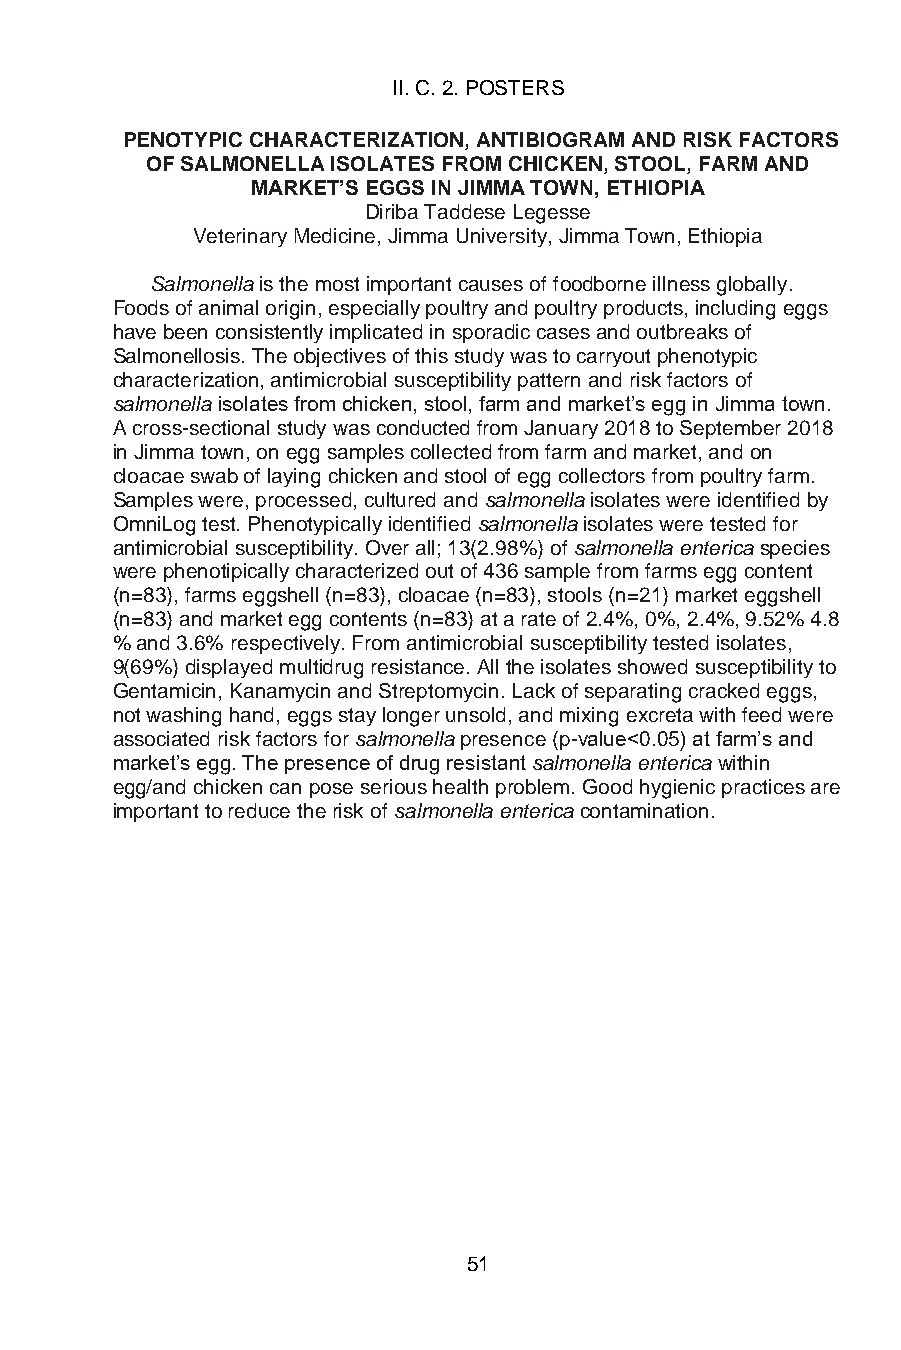
II. C. 2. POSTERS
 PENOTYPIC CHARACTERIZATION, ANTIBIOGRAM AND RISK FACTORS
 OF SALMONELLA ISOLATES FROM CHICKEN, STOOL, FARM AND
 MARKET’S EGGS IN JIMMA TOWN, ETHIOPIA
 Diriba Taddese Legesse
 Veterinary Medicine, Jimma University, Jimma Town, Ethiopia
 Salmonella is the most important causes of foodborne illness globally.
 Foods of animal origin, especially poultry and poultry products, including eggs
 have been consistently implicated in sporadic cases and outbreaks of
 Salmonellosis. The objectives of this study was to carryout phenotypic
 characterization, antimicrobial susceptibility pattern and risk factors of
 salmonella isolates from chicken, stool, farm and market’s egg in Jimma town.
 A cross-sectional study was conducted from January 2018 to September 2018
 in Jimma town, on egg samples collected from farm and market, and on
 cloacae swab of laying chicken and stool of egg collectors from poultry farm.
 Samples were, processed, cultured and salmonella isolates were identified by
 OmniLog test. Phenotypically identified salmonella isolates were tested for
 antimicrobial susceptibility. Over all; 13(2.98%) of salmonella enterica species
 were phenotipically characterized out of 436 sample from farms egg content
 (n=83), farms eggshell (n=83), cloacae (n=83), stools (n=21) market eggshell
 (n=83) and market egg contents (n=83) at a rate of 2.4%, 0%, 2.4%, 9.52% 4.8
 % and 3.6% respectively. From antimicrobial susceptibility tested isolates,
 9(69%) displayed multidrug resistance. All the isolates showed susceptibility to
 Gentamicin, Kanamycin and Streptomycin. Lack of separating cracked eggs,
 not washing hand, eggs stay longer unsold, and mixing excreta with feed were
 associated risk factors for salmonella presence (p-value<0.05) at farm’s and
 market’s egg. The presence of drug resistant salmonella enterica within
 egg/and chicken can pose serious health problem. Good hygienic practices are
 important to reduce the risk of salmonella enterica contamination.
 51